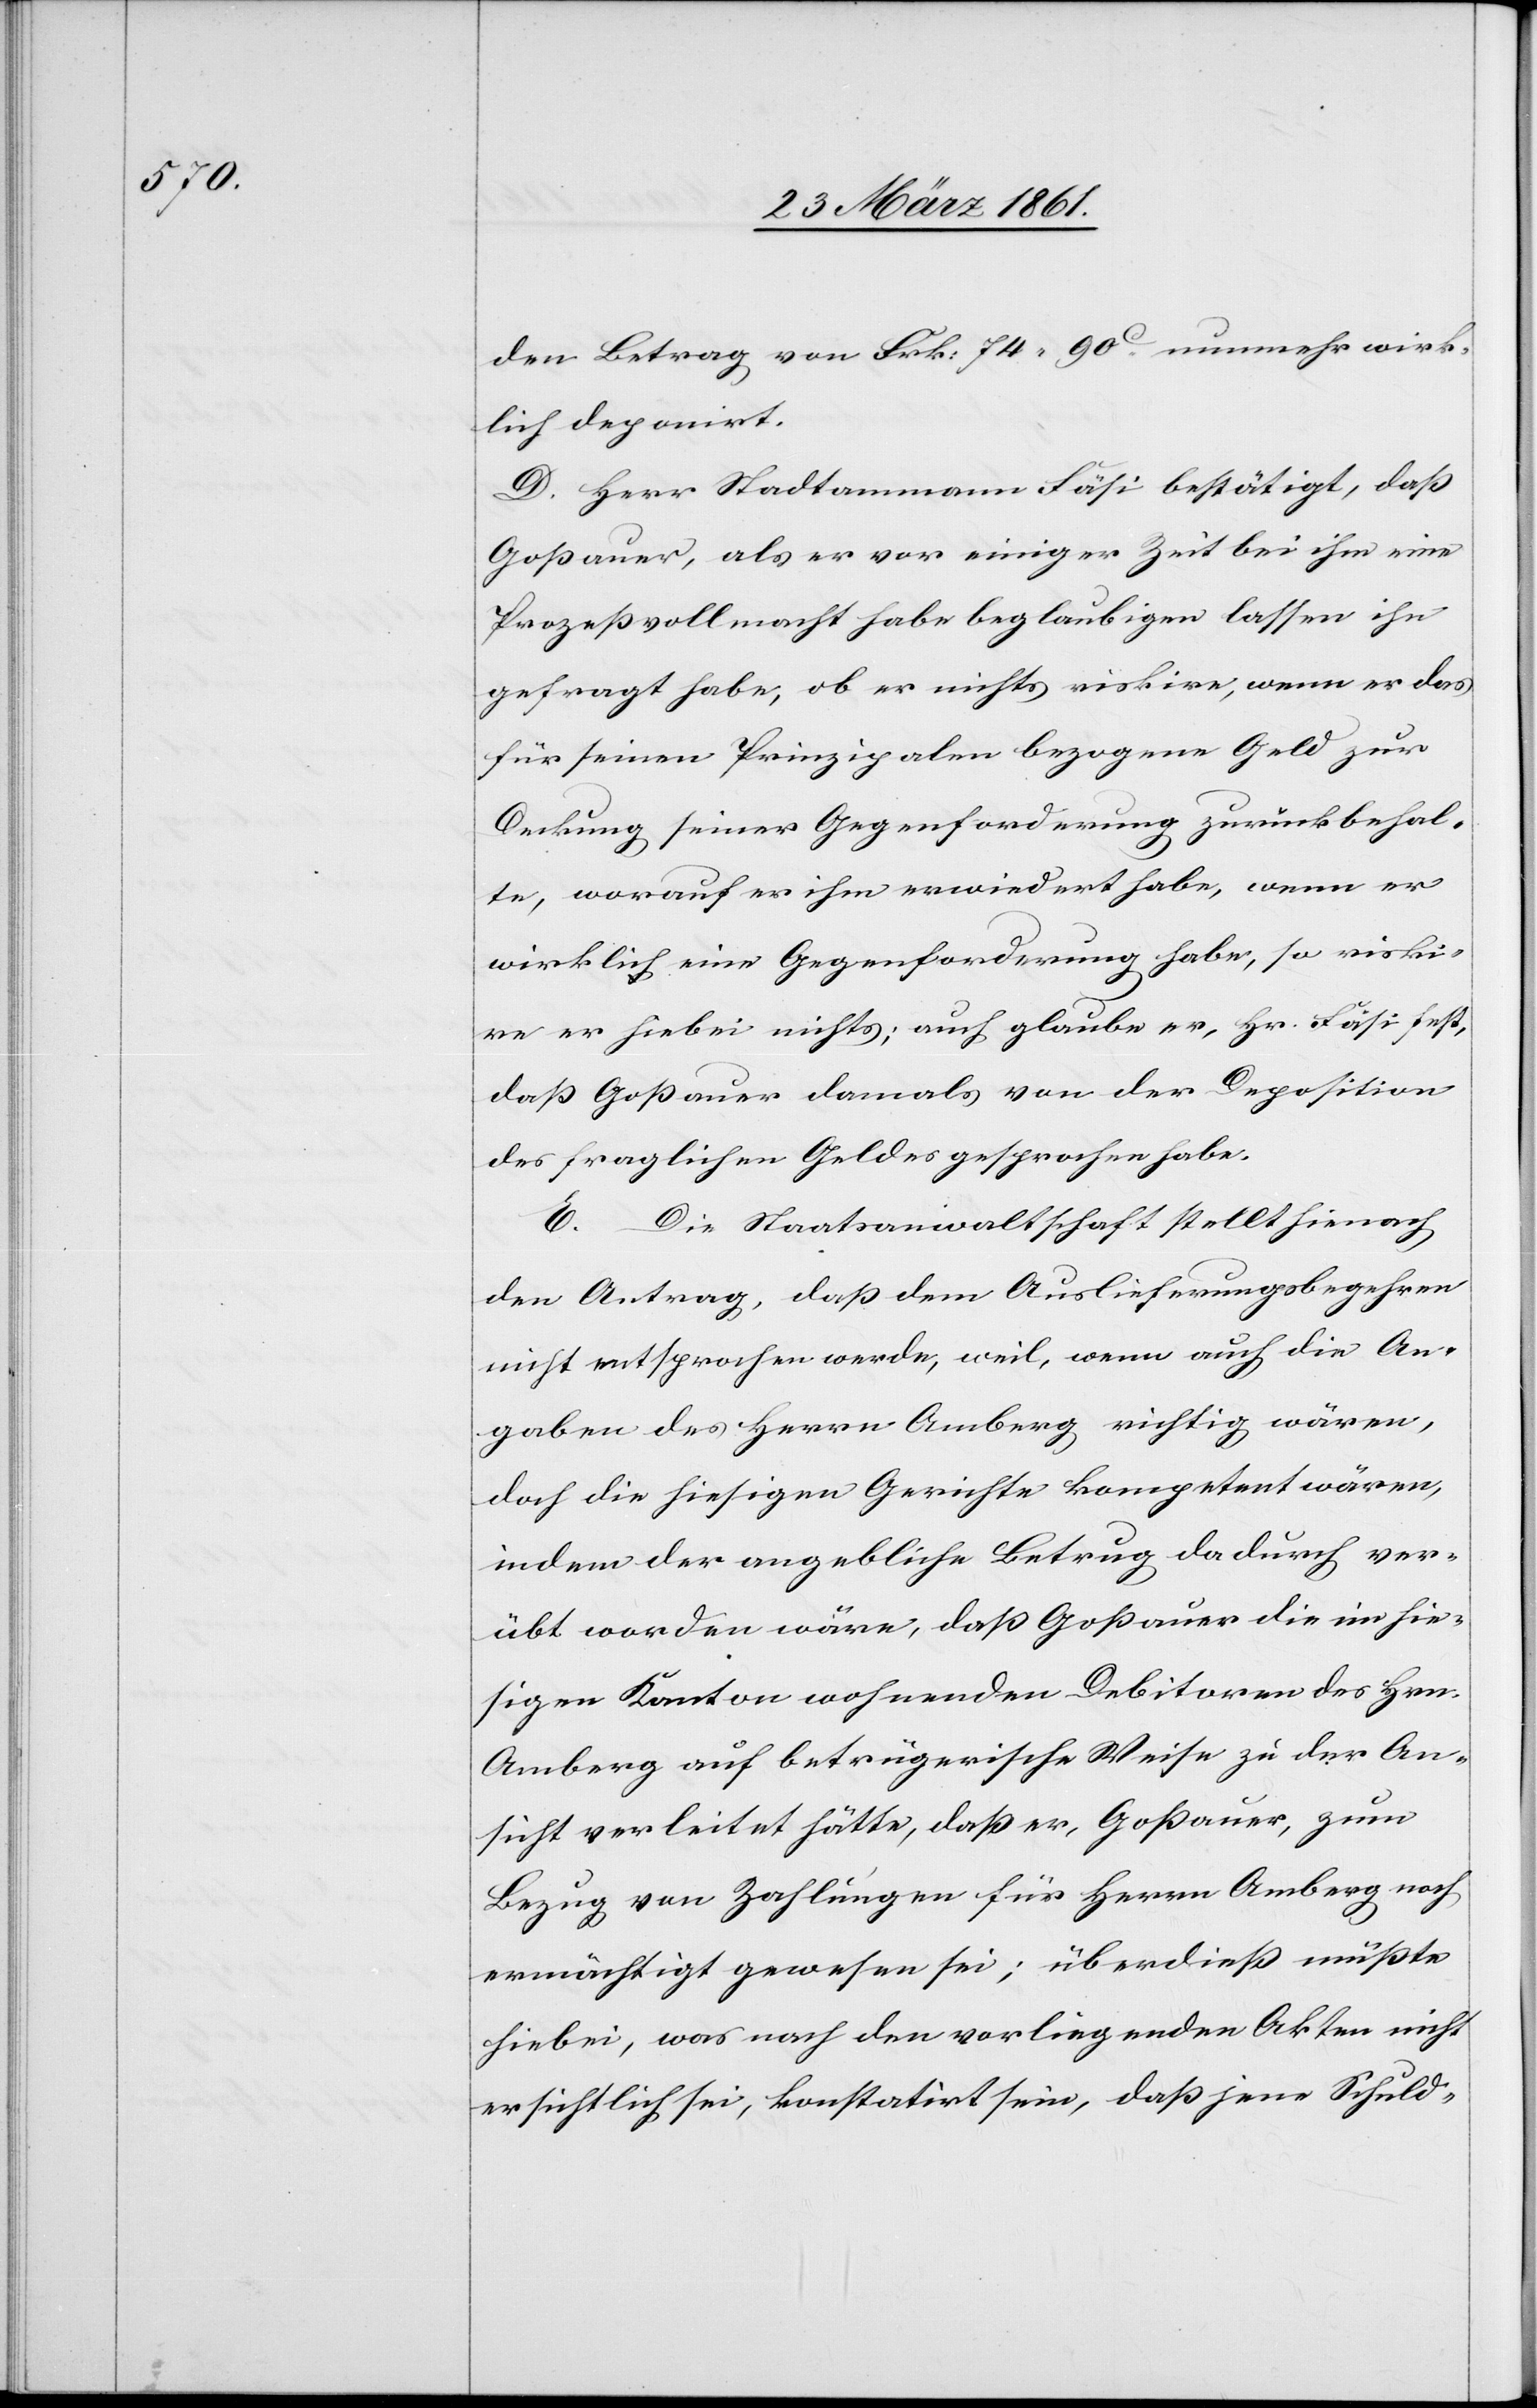
den Betrag von Frk: 74 90C nunmehr wirk¬
lich deponirt.
D. Herr Stadtammann Fäsi bestätigt, daß
Goßauer, als er vor einiger Zeit bei ihm eine
Prozeßvollmacht habe beglaubigen lassen ihn
gefragt habe, ob er nichts riskire, wenn er das
für seinen Prinzipalen bezogene Geld zur
Deckung seiner Gegenforderung zurückbehal¬
te, worauf es ihm erwiedert habe, wenn er
wirklich eine Gegenforderung habe, so riski¬
re er hiebei nichts; auch glaube er, Hr. Fäsi fest,
daß Goßauer damals von der Deposition
des fraglichen Geldes gesprochen habe.
E. Die Staatsanwaltschaft stellt hienach
den Antrag, daß dem Auslieferungsbegehren
nicht entsprochen werde, weil, wenn auch die An¬
gaben des Herrn Amberg richtig wären,
doch die hiesigen Gerichte kompetent wären,
indem der angebliche Betrug dadurch ver¬
übt worden wäre, daß Goßauer die im hie¬
sigen Kanton wohnenden Debitoren des Hrn.
Amberg auf betrügerische Weise zu der An¬
sicht verleitet hätte, daß er, Goßauer, zum
Bezug von Zahlungen für Herrn Amberg noch
ermächtigt gewesen sei; überdieß müßte
hiebei, was nach den vorliegenden Akten nicht
ersichtlich sei, konstatirt sein, daß jene Schuld-